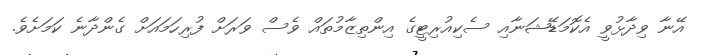
އޭނާ ވިދާޅުވީ އެކޮމަޑޭޝަނާއި ސެކިއުރިޓީގެ އިންތިޒާމުތައް ވެސް ވަރަށް ފުރިހަމައަށް ގެންދާނެ ކަމަށެވެ.